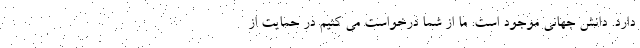
دارد. دانش جهانی موجود است. ما از شما درخواست می کنیم در حمایت از